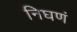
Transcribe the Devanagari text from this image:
निघणं